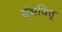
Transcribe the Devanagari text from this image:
संभवित्